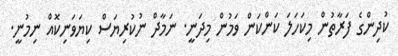
ކުދިންގެ ފަރާތުން މިކަހަލަ ކަންކަން ވަމުން މިދަނީ. ނަމާދް ނުކުރިޔަސް ކިޔަވަނިކޮއް ނިމުނީ.